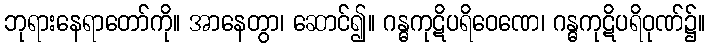
ဘုရားနေရာတော်ကို။ အာနေတွာ၊ ဆောင်၍။ ဂန္ဓကုဋိပရိဝေဏေ၊ ဂန္ဓကုဋိပရိဝုဏ်၌။